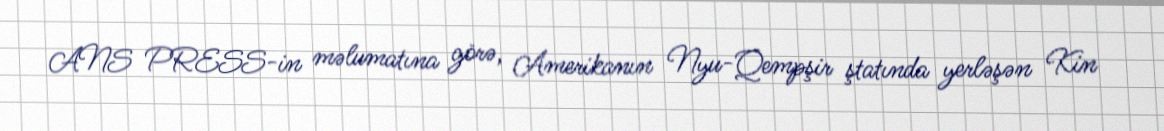
ANS PRESS-in məlumatına görə, Amerikanın Nyu-Qempşir ştatında yerləşən Kin